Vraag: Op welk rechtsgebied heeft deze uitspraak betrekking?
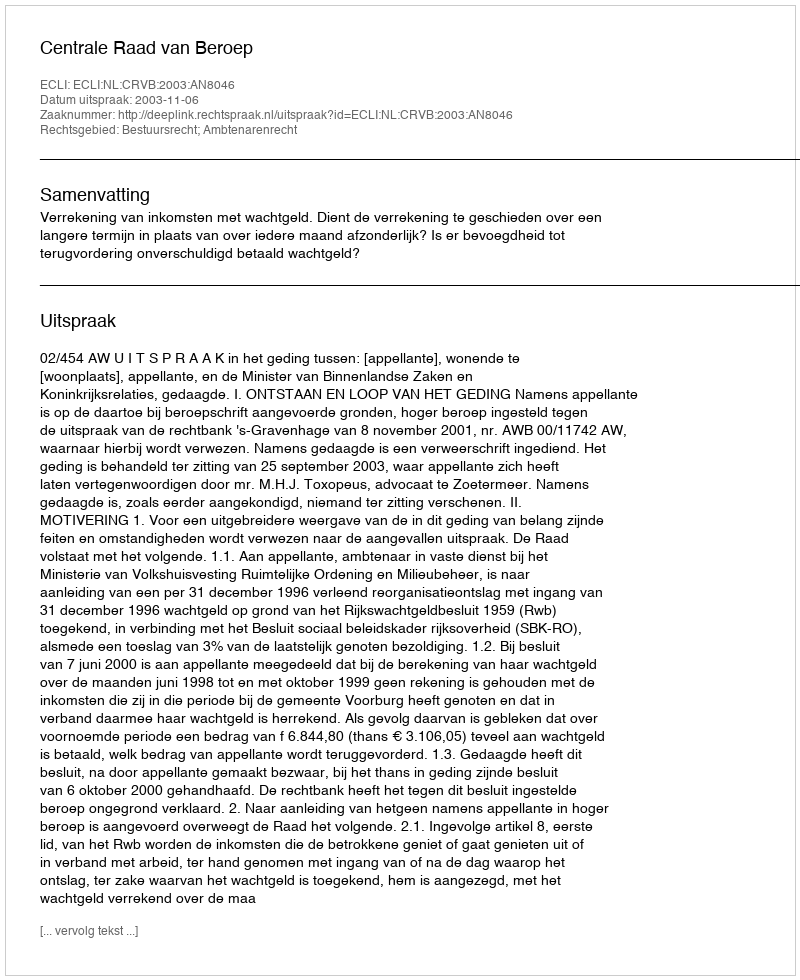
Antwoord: Bestuursrecht; Ambtenarenrecht